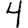
Digit: 4